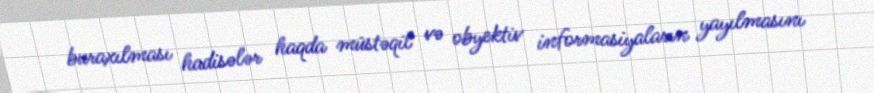
buraxılması hadisələr haqda müstəqil və obyektiv informasiyaların yayılmasını